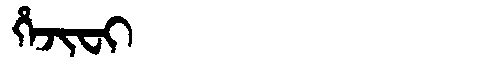
Manchu: ᡥᡝᠵᡳᠸᡳ
Romanization: HEJIFI